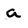
Character: a